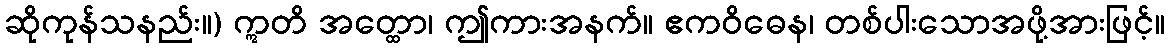
ဆိုကုန်သနည်း။) ဣတိ အတ္ထော၊ ဤကားအနက်။ ဧကဝိဓေန၊ တစ်ပါးသောအဖို့အားဖြင့်။